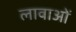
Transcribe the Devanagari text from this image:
लावाओं